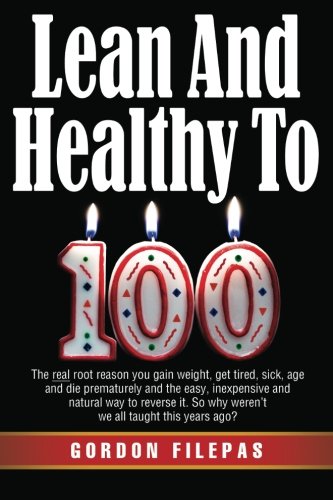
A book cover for Lean And Healthy To 100; Gordon Filepas; Health, Fitness & Dieting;